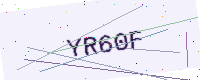
Text: YR60F